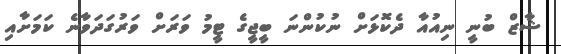
ޝާޒް ބުނީ ނިއުއާ ދެކޮޅަށް ނުކުންނަ ބީޖީގެ ޓީމު ވަރަށް ވަރުގަދަވާނެ ކަމަށާއި